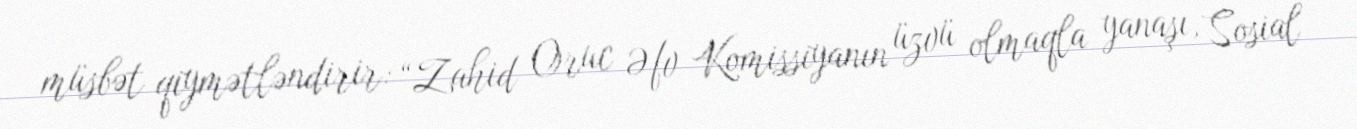
müsbət qiymətləndirir: “Zahid Oruc Əfv Komissiyanın üzvü olmaqla yanaşı, Sosial